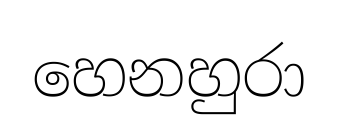
හෙනහුරා